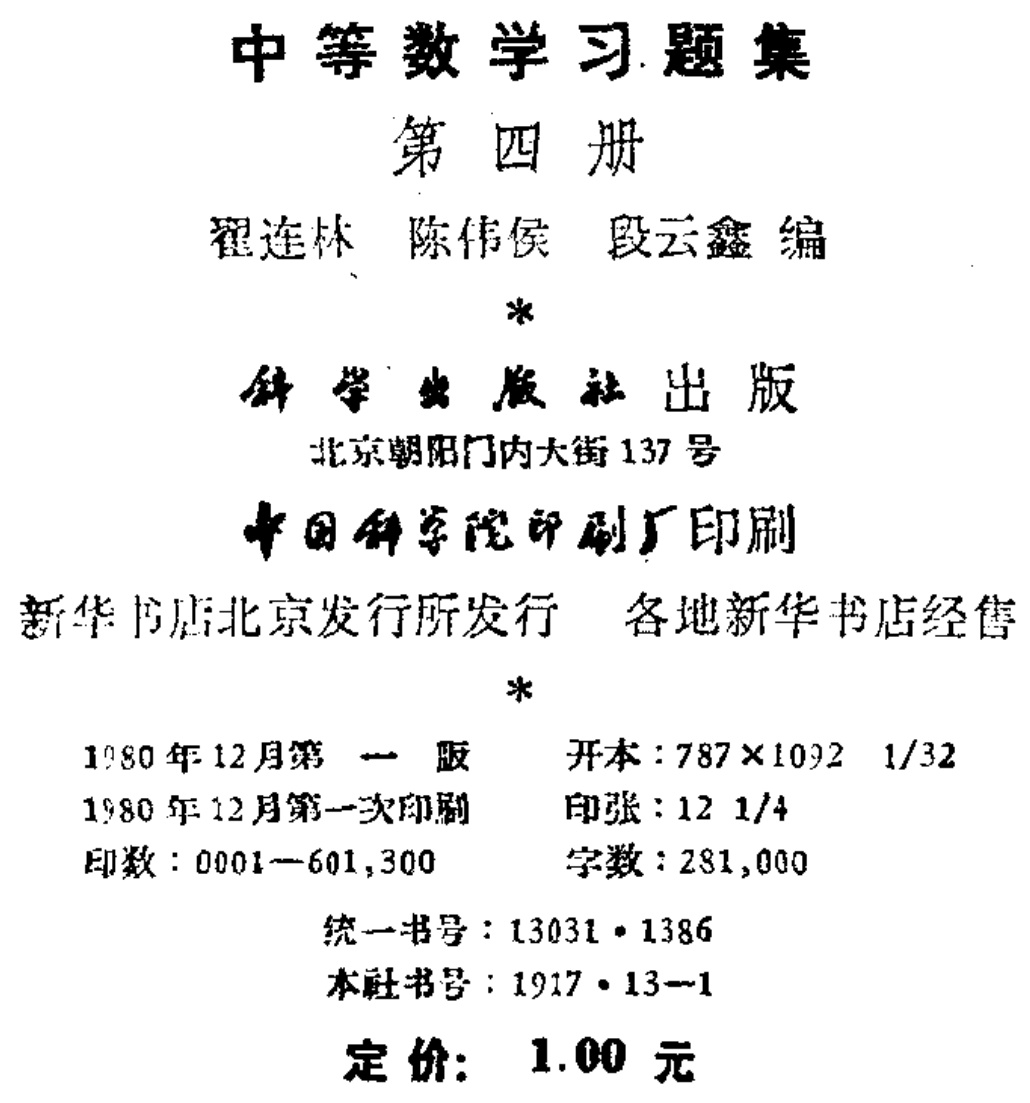
\begin{center}

  中等数学习题集\\

  第四册\\

  翟连林 陈伟侯 段云鑫 编\\

  \(*\)\\

  科学出版社出版\\

  北京朝阳门内大街137号\\

  中国科学院印刷厂印刷\\

  新华书店北京发行所发行 各地新华书店经售\\

  \(*\)\\

  1980年12月第一版 开本：787×1092 1/32\\

  1980年12月第一次印刷 印张：12 1/4\\

  印数：0001—601,300 字数：281,000\\

  统一书号：13031·1386\\

  本社书号：1917·13—1\\

  定价：1.00元

\end{center}